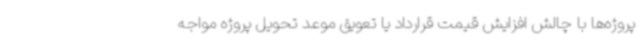
پروژه‌ها با چالش افزایش قیمت قرارداد یا تعویق موعد تحویل پروژه مواجه